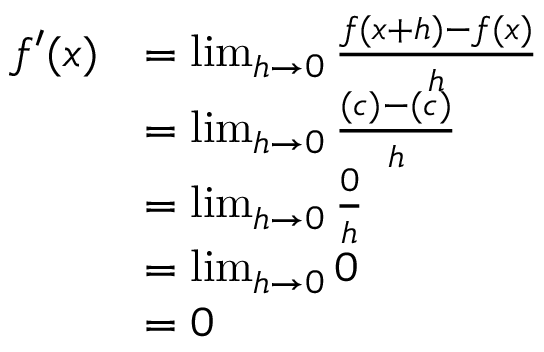
{ \begin{array} { r l } { f ^ { \prime } ( x ) } & { = \operatorname* { l i m } _ { h \to 0 } { \frac { f ( x + h ) - f ( x ) } { h } } } \\ & { = \operatorname* { l i m } _ { h \to 0 } { \frac { ( c ) - ( c ) } { h } } } \\ & { = \operatorname* { l i m } _ { h \to 0 } { \frac { 0 } { h } } } \\ & { = \operatorname* { l i m } _ { h \to 0 } 0 } \\ & { = 0 } \end{array} }